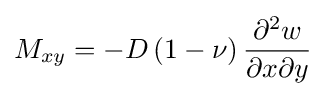
M_{xy}=-D\left(1-\nu \right){\frac {\partial ^{2}w}{\partial x\partial y}}